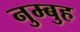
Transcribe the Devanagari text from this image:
नुम्बुह